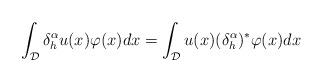
LaTeX: \begin{align*}\int_{\mathcal{D}}\delta_{h}^{\alpha}u(x) \varphi(x)dx = \int_{\mathcal{D}}u(x) (\delta_{h}^{\alpha})^*\varphi(x)dx\end{align*}